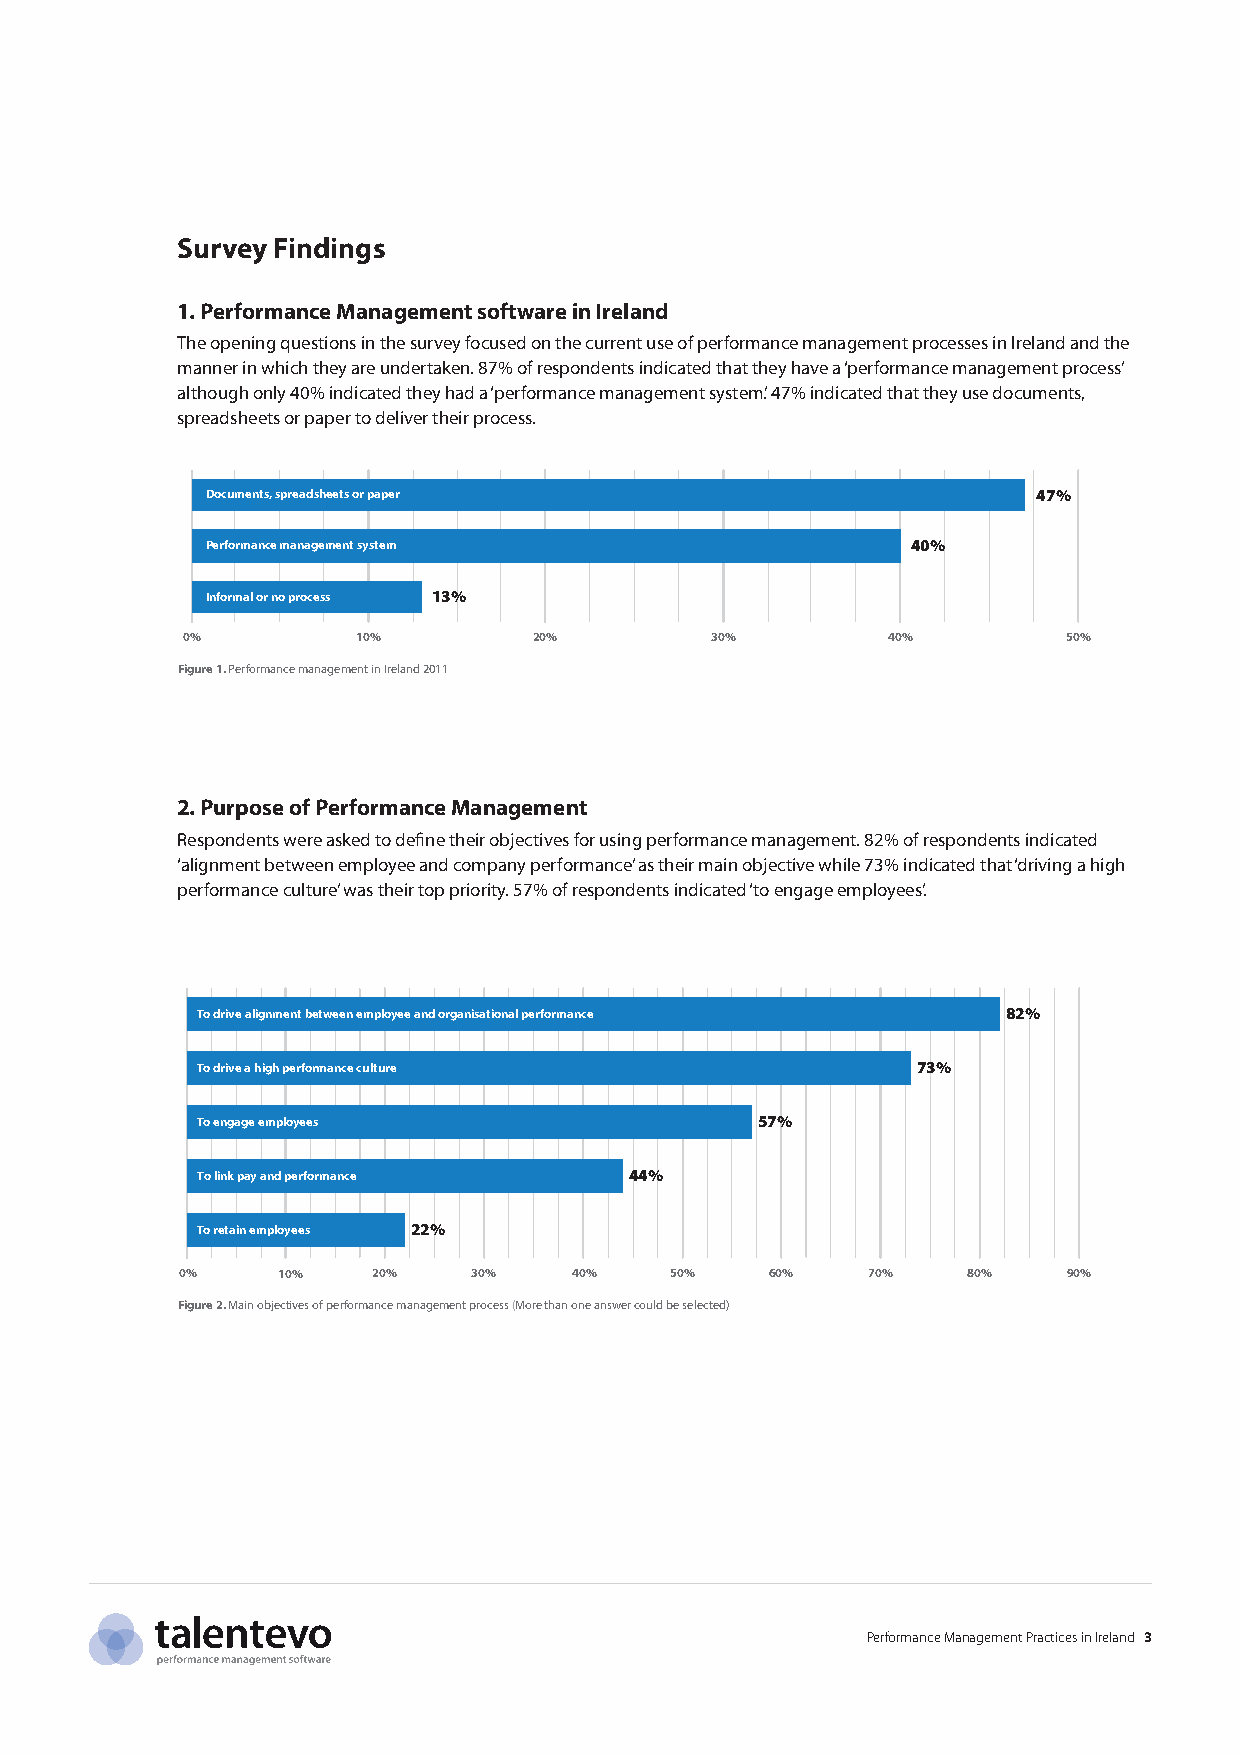
Survey Findings
 1. Performance Management software in Ireland
 The opening questions in the survey focused on the current use of performance management processes in Ireland and the
 manner in which they are undertaken. 87% of respondents indicated that they have a ‘performance management process’
 although only 40% indicated they had a ‘performance management system’. 47% indicated that they use documents,
 spreadsheets or paper to deliver their process.
 Documents, spreadsheets or paper                       47%
 Performance management system                 40%
 Informal or no process 13%
 0%          10%        20%         30%         40%         50%
 Figure 1. Performance management in Ireland 2011
 To drive alignment between employee and organisational performance 82%
 Documents, spreadsheets or paper                       47%
 2. TPoP eudrrfirovperm aoa hnisgcehe mp oearnffao grPmemeanercneft cosuyslrttumermeance Management 4703%%
 Respondents were asked to define their objectives for using performance management. 82% of respondents indicated
 ‘aliTgoInn efmnogrmeaganel t oe rbm nepolt opwyreoeecesesns employee an1d3 %company performance’ as their main ob5j7ec%tive while 73% indicated that ‘driving a high
 performance culture’ was their top priority. 57% of respondents indicated ‘to engage employees’.
 0%          10%        20%         30%         40%         50%
 To link pay and performance  44%
 Figure 1. Performance management in Ireland 2011
 To retain employees 22%
 0%To drive alignm1e0n%t between em2p0lo%yee and organi3s0a%tional performa4n0c%e 50% 60% 70% 80% 82% 90%
 Figure 2. Main objectives of performance management process (More than one answer could be selected)
 To drive a high performance culture             73%
 To engage employees                  57%
 Fairly effective                          56%
 To link pay and performance  44%
 Not effective or neutral 31%
 To retain employees 22%
 0%    10%    20%   30%    40%   50%    60%   70%    80%    90%
 Very effective 13%
 Figure 2. Main objectives of performance management process (More than one answer could be selected)
 0%         15%        30%         45%        60%
 Figure 3a. Respondents who found existing performance management process not very effective
 Fairly effective                          56%
 Not effective or neutral 31%
 Monthly  8%
 Very effective 13%
 Quarterly                    25%
 0%         15%        30%         45%        60%
 Figure 3a. Respondents who found existing performance management process not very effective Performance Management Practices in Ireland 3
 Bi-Annually                                                 50%
 Annually            17%
 0%          10%         20%         30%          40%         50%
 Monthly  8%
 Figure 4a. Frequency of performance management review
 Quarterly                    25%
 Bi-Annually                                                 50%
 Annually            17%
 0%          10%         20%         30%          40%         50%
 Figure 4a. Frequency of performance management review